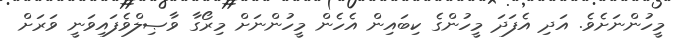
މީހުންނަށެވެ. އަދި އެފަދަ މީހުންގެ ކިބައިން އެހެން މީހުންނަށް މިރޯގާ ވާޞިލްވެފައިވަނީ ވަރަށް